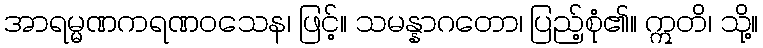
အာရမ္မဏကရဏဝသေန၊ ဖြင့်။ သမန္နာဂတော၊ ပြည့်စုံ၏။ ဣတိ၊ သို့။